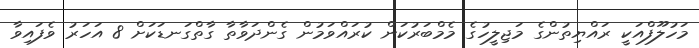
މަހުލޫފްއަކީ ރައްޔިތުންގެ މަޖިލީހުގެ މެމްބަރުކަން ކުރައްވަމުން ގެންދަވާތާ ގާތްގަނޑަކަށް 8 އަހަރު ވެފައިވާ